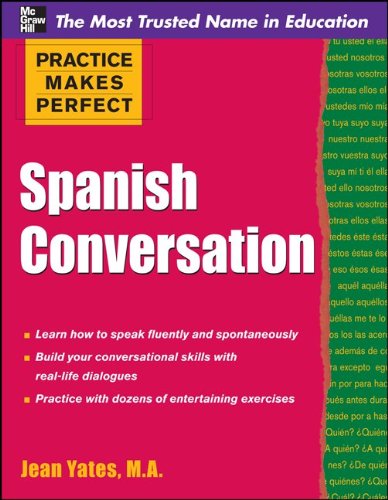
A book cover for Practice Makes Perfect: Spanish Conversation (Practice Makes Perfect Series); Jean Yates; Reference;